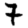
Digit: 7